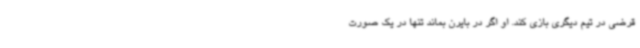
قرضی در تیم دیگری بازی کند. او اگر در بایرن بماند تنها در یک صورت